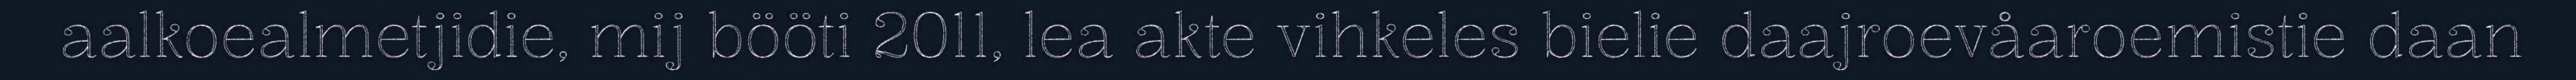
aalkoealmetjidie, mij bööti 2011, lea akte vihkeles bielie daajroevåaroemistie daan